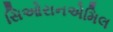
સિઓરાનએમિલ